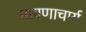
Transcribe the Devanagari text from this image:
मायणाचार्य